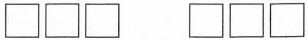
\Box \Box \Box \Box \Box \Box